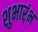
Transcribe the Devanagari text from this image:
शुभार्ंभ